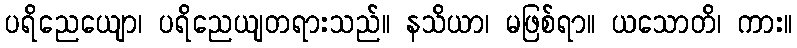
ပရိညေယျော၊ ပရိညေယျတရားသည်။ နသိယာ၊ မဖြစ်ရာ။ ယသောတိ၊ ကား။